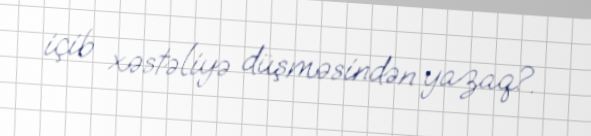
içib xəstəliyə düşməsindən yazaq?.